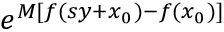
e ^ { M [ f ( s y + x _ { 0 } ) - f ( x _ { 0 } ) ] }